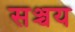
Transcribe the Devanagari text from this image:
सञ्चय